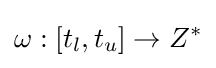
\omega :[t_{l},t_{u}]\rightarrow Z^{*}